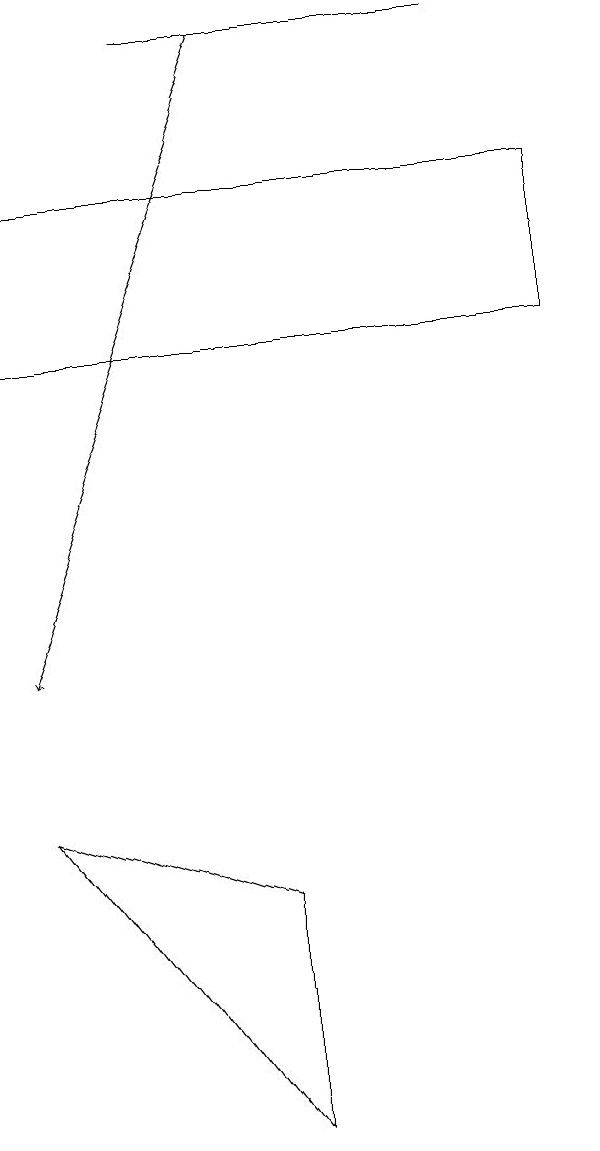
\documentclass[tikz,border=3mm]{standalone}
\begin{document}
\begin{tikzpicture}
\draw (7,16) rectangle (0,14);
\draw (0,8) -- (3,7) -- (3,4) -- cycle;
\draw (2,18) rectangle (6,18);
\draw[->] (3,18) -- (0,10);
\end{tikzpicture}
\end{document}